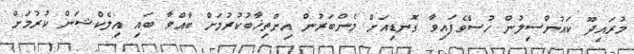
މުރައިދޫ ކައުންސިލުން ހުސްވެފައިވާ ގޮނޑިއަށް މެންބަރުން އިންތިޚާބުކުރުމަށް ބާއްވާ ބައި އިލެކްޝަން ކުރުމަށް